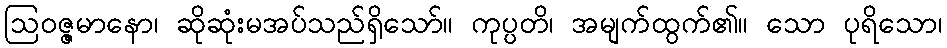
ဩဝဇ္ဇမာနော၊ ဆိုဆုံးမအပ်သည်ရှိသော်။ ကုပ္ပတိ၊ အမျက်ထွက်၏။ သော ပုရိသော၊